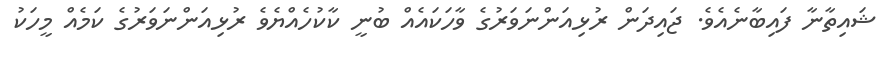
ޝައިތާނާ ފައިބާނެއެވެ. ޖައިދަން ރުޅިއަންނަވަރުގެ ވާހަކައެއް ބުނީ ކާކުހެއްޔެވެ ރުޅިއަންނަވަރުގެ ކަމެއް މީހަކު